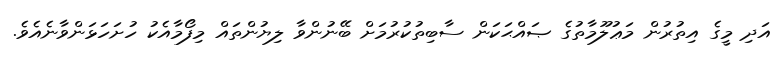
އަދި މީގެ އިތުރުން މަޢުލޫމާތުގެ ޞައްޙަކަން ސާބިތުކުރުމަށް ބޭނުންވާ ލިޔުންތައް މިފޯމާއެކު ހުށަހަޅަންވާނެއެވެ.